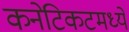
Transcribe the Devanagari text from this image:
कनेटिकटमध्ये